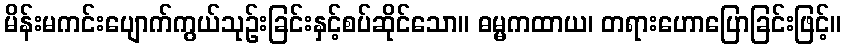
မိန်းမကင်းပျောက်ကွယ်သုဉ်းခြင်းနှင့်စပ်ဆိုင်သော။ ဓမ္မကထာယ၊ တရားဟောပြောခြင်းဖြင့်။